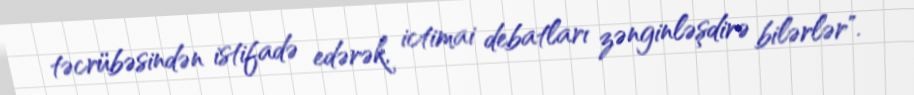
təcrübəsindən istifadə edərək, ictimai debatları zənginləşdirə bilərlər".